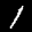
Label: 1